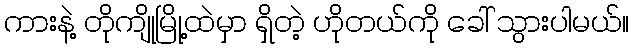
ကားနဲ့ တိုကျိုမြို့ထဲမှာ ရှိတဲ့ ဟိုတယ်ကို ခေါ် သွားပါမယ်။